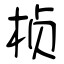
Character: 桢